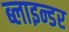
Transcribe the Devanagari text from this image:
ब्लाइन्डर